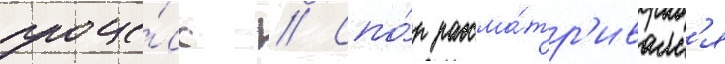
проце́сс // Спо́р рассма́тр'ивалс'я